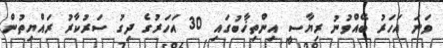
ވަނަ އަހަރު ބޭއްވުނު ރިޔާސީ އިންތިޚާބުގައި 30 އަހަރުގެ ދިގު ސަރުކާރު ރައްޔިތުން